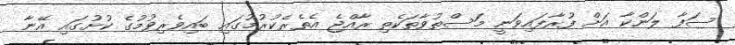
ސަފާ ލަންކާ އަށް ފުރާފައިވަނީ މަސްތުވާތަކެތި ރާއްޖެ އެތެރެކުރުމުގައި ބައިވެރިވުމުގެ ކުށުގައި އޭނާ